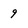
Character: 9